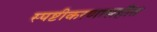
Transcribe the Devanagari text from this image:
स्पष्टीकरणासहीत